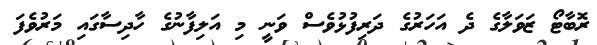
ރޮބާޓޯ ޒަވަލާގެ ދެ އަހަރުގެ ދަރިފުޅުވެސް ވަނީ މި އަލިފާނުގެ ހާދިސާގައި މަރުވެފަ